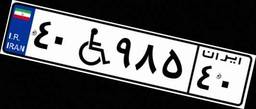
۴۰W۹۸۵۴۰